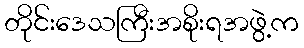
တိုင်းဒေသကြီးအစိုးရအဖွဲ့က